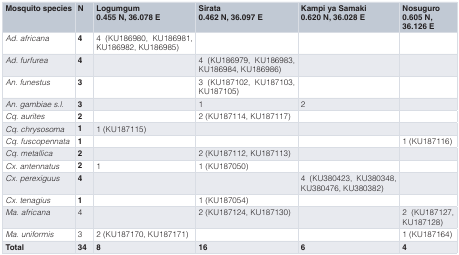
<table><thead><tr><td><b>Mosquito species</b></td><td><b>N</b></td><td><b>Logumgum0.455 N, 36.078 E</b></td><td><b>Sirata0.462 N, 36.097 E</b></td><td><b>Kampi ya Samaki0.620 N, 36.028 E</b></td><td><b>Nosuguro0.605 N,36.126 E</b></td></tr></thead><tbody><tr><td><i>Ad. africana</i></td><td><b>4</b></td><td>4 (KU186980, KU186981,KU186982, KU186985)</td><td></td><td></td><td></td></tr><tr><td><i>Ad. furfurea</i></td><td><b>4</b></td><td></td><td>4 (KU186979, KU186983,KU186984, KU186986)</td><td></td><td></td></tr><tr><td><i>An. funestus</i></td><td><b>3</b></td><td></td><td>3 (KU187102, KU187103,KU187105)</td><td></td><td></td></tr><tr><td><i>An. gambiae s.l.</i></td><td><b>3</b></td><td></td><td>1</td><td>2</td><td></td></tr><tr><td><i>Cq. aurites</i></td><td><b>2</b></td><td></td><td>2 (KU187114, KU187117)</td><td></td><td></td></tr><tr><td><i>Cq. chrysosoma</i></td><td><b>1</b></td><td>1 (KU187115)</td><td></td><td></td><td></td></tr><tr><td><i>Cq. fuscopennata</i></td><td><b>1</b></td><td></td><td></td><td></td><td>1 (KU187116)</td></tr><tr><td><i>Cq. metallica</i></td><td><b>2</b></td><td></td><td>2 (KU187112, KU187113)</td><td></td><td></td></tr><tr><td><i>Cx. antennatus</i></td><td><b>2</b></td><td>1</td><td>1 (KU187050)</td><td></td><td></td></tr><tr><td><i>Cx. perexiguus</i></td><td><b>4</b></td><td></td><td></td><td>4 (KU380423, KU380348,KU380476, KU380382)</td><td></td></tr><tr><td><i>Cx. tenagius</i></td><td><b>1</b></td><td></td><td>1 (KU187054)</td><td></td><td></td></tr><tr><td><i>Ma. africana</i></td><td>4</td><td></td><td>2 (KU187124, KU187130)</td><td></td><td>2 (KU187127,KU187128)</td></tr><tr><td><i>Ma. uniformis</i></td><td>3</td><td>2 (KU187170, KU187171)</td><td></td><td></td><td>1 (KU187164)</td></tr><tr><td><b>Total</b></td><td><b>34</b></td><td><b>8</b></td><td><b>16</b></td><td><b>6</b></td><td><b>4</b></td></tr></tbody></table>